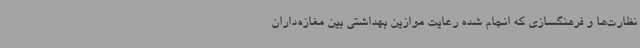
نظارت‌ها و فرهنگسازی که انجام شده رعایت موازین بهداشتی بین مغازه‌داران